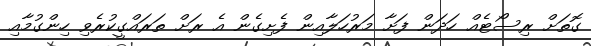
ގޮތަށް ރިސޯޓެއް ހަދަން ފަށާ މަރުހަލާއިން ފެށިގެން އެ ރަށް ތަރައްގީކުރެވި ހިންގުމާއި